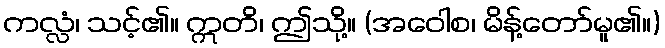
ကလ္လံ၊ သင့်၏။ ဣတိ၊ ဤသို့။ (အဝေါစ၊ မိန့်တော်မူ၏။)